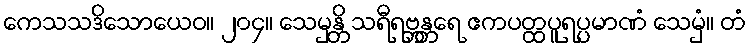
ကေသသဒိသောယေဝ။ ၂၀၄။ သေမှန္တိ သရီရဗ္ဘန္တရေ ဧကပတ္ထပူရပ္ပမာဏံ သေမှံ။ တံ